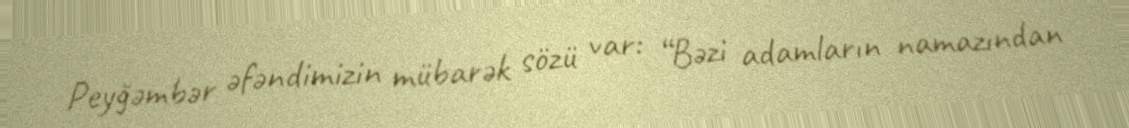
Peyğəmbər əfəndimizin mübarək sözü var: “Bəzi adamların namazından